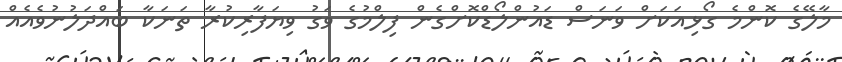
މާލޭގެ ކޮންމެ ގޯޅިއަކަށް ވަނަސް ޑައުންލޯޑްކޮށްގެން ފިލްމުގެ ވަގު ވިޔަފާރިކުރާ ތަނަކާ ބައްދަލުނުވެއެއް